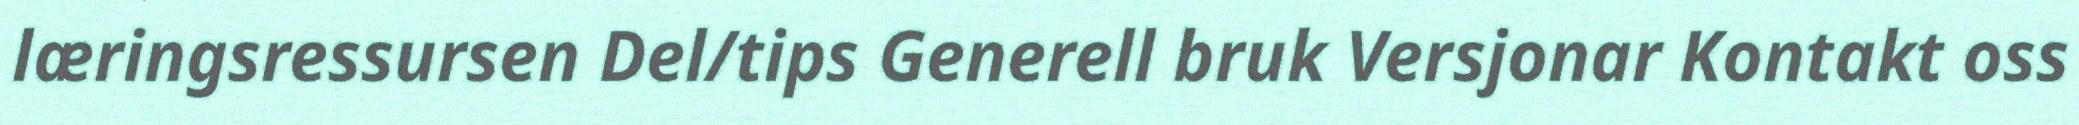
læringsressursen Del/tips Generell bruk Versjonar Kontakt oss